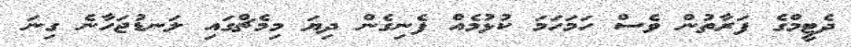
ދެޓީމްގެ ފަރާތުން ވެސް ހަމަހަމަ ކުޅުމެއް ފެނިގެން ދިޔަ މިމެޗްގައި ލަނޑުޖަހާނެ ގިނަ